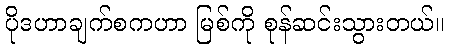
ပိုဒဟာချက်စကဟာ မြစ်ကို စုန်ဆင်းသွားတယ်။